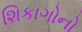
શિકાગોનો